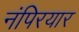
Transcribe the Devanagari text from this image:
नंपिरयार